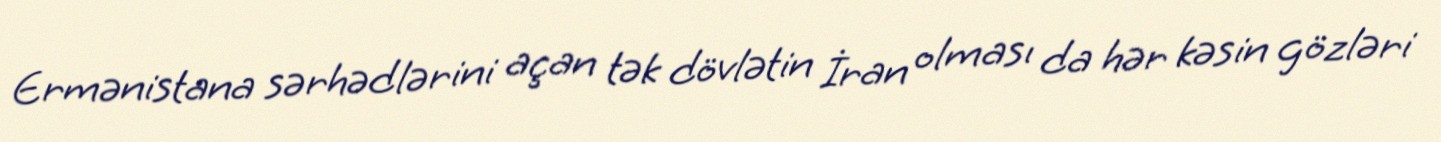
Ermənistana sərhədlərini açan tək dövlətin İran olması da hər kəsin gözləri